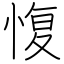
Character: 愎